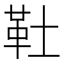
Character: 靯